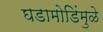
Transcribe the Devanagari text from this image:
घडामोडिंमुळे